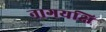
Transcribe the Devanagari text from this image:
नागयक्षि